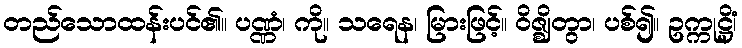
တည်သောထန်းပင်၏။ ပဏ္ဏံ၊ ကို။ သရေန၊ မြားဖြင့်။ ဝိဇ္ဈိတွာ၊ ပစ်၍။ ဥက္ကုဋ္ဌိံ၊